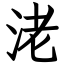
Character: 㳣